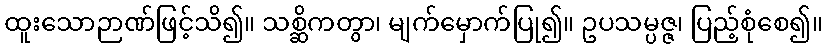
ထူးသောဉာဏ်ဖြင့်သိ၍။ သစ္ဆိကတွာ၊ မျက်မှောက်ပြု၍။ ဥပသမ္ပဇ္ဇ၊ ပြည့်စုံစေ၍။